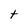
Character: t